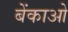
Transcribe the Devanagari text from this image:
बेंकाओ